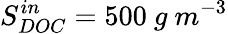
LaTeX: S_{DOC}^{in}=500\ g\ m^{-3}